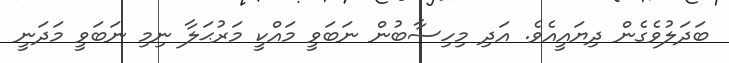
ބަދަލުވެގެން ދިޔައީއެވެ. އަދި މިހިސާބުން ނަބަވީ މައްކީ މަރުޙަލާ ނިމި ނަބަވީ މަދަނީ